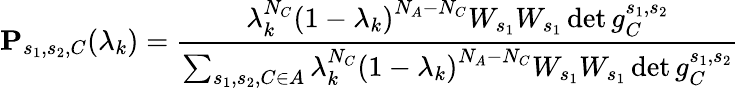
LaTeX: \mathbf{P}_{s_{1},s_{2},C}(\lambda_{k})=\frac{\lambda_{k}^{N_{C}}\left(1-\lambda_{k}\right)^{N_{A}-N_{C}}W_{s_{1}}W_{s_{1}}\det g_{C}^{s_{1},s_{2}}}{\sum_{s_{1},s_{2},C\in A}\lambda_{k}^{N_{C}}\left(1-\lambda_{k}\right)^{N_{A}-N_{C}}W_{s_{1}}W_{s_{1}}\det g_{C}^{s_{1},s_{2}}}